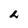
Character: L